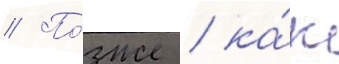
// По́зже / ка́к